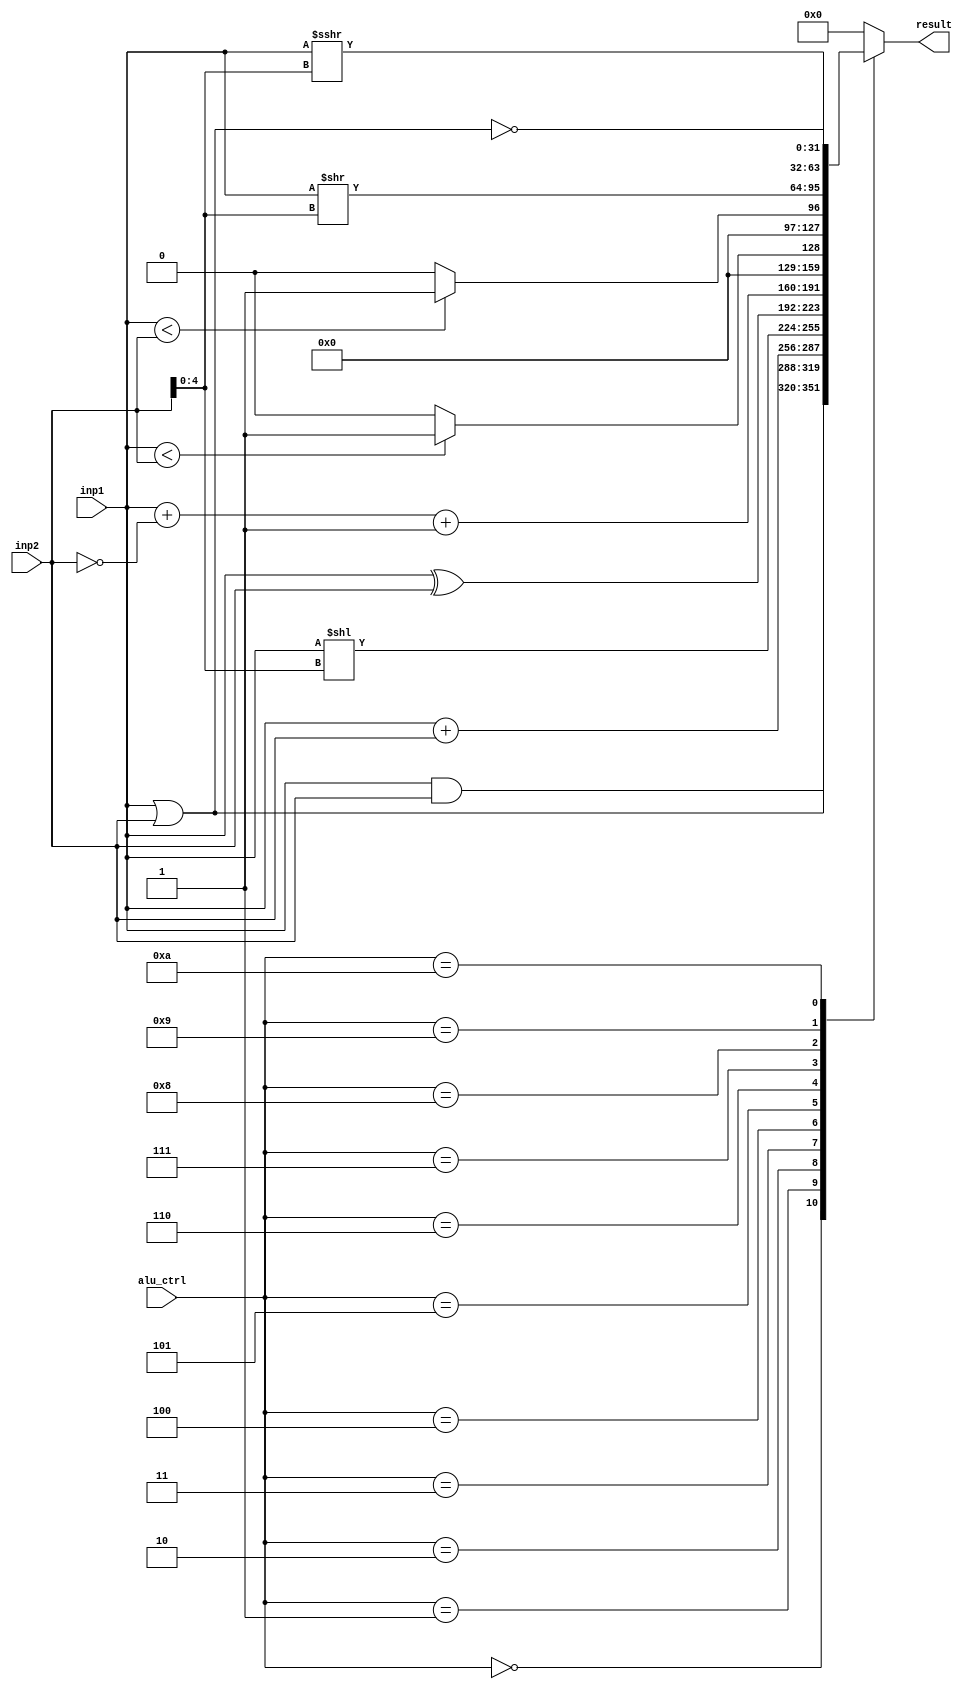
`timescale 1ns / 1ps
//////////////////////////////////////////////////////////////////////////////////
// Company: 
// Engineer: 
// 
// Design Name: 
// Module Name: alu
// Project Name: 
// Target Devices: 
// Tool Versions: 
// Description: 
// 
// Dependencies: 
// 
// Revision:
// Revision 0.01 - File Created
// Additional Comments:
// 
//////////////////////////////////////////////////////////////////////////////////


module ALU (
	input [31:0] inp1,
	input [31:0] inp2,
	input [3:0] alu_ctrl,
	output reg [31:0] result
);
    always @(*)
	case(alu_ctrl)

	4'b0000: result = inp1 & inp2;
	4'b0001: result = inp1 | inp2;
	4'b0010: result = inp1 + inp2;
	4'b0011: result = inp1 << inp2[4:0];
	4'b0100: result = inp1 ^ inp2;
	4'b0101: result = inp1 + (~inp2) + 1;

	4'b0110: result = inp1 < inp2 ? 32'h1 : 32'h0;
	4'b0111: result= $signed(inp1)<$signed(inp2) ? 32'h1:32'h0;
	4'b1000: result = inp1 >> inp2[4:0];
	4'b1001: result = inp1 >>> inp2[4:0];
	4'b1010: result = ~(inp1 | inp2);
	default:result=32'h0;
	endcase
endmodule